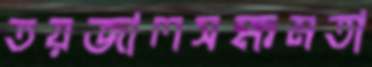
তয়জালসক্ষমতা